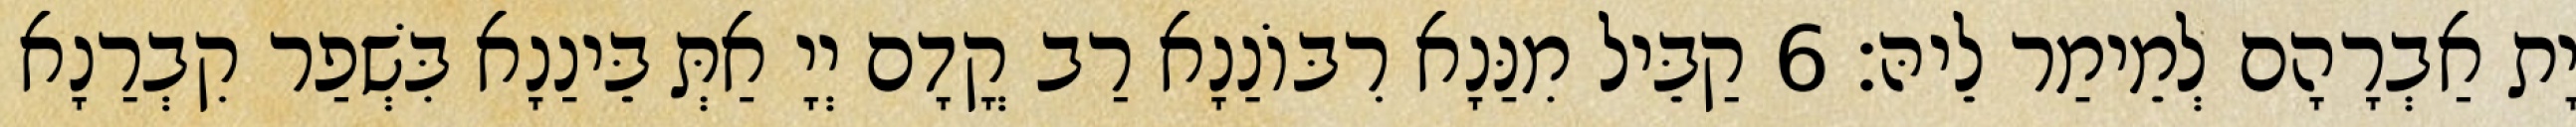
יָת אַבְרָהָם לְמֵימַר לֵיהּ׃ 6 קַבֵּיל מִנַּנָא רִבּוֹנַנָא רַב קֳדָם יְיָ אַתְּ בֵּינַנָא בִּשְׁפַר קִבְרַנָא